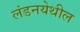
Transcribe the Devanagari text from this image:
लंडनयेथील